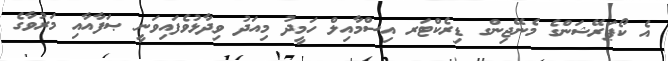
އެ ކޯޕަރޭޝަންގެ މެނޭޖިންގ ޑިރެކްޓަރ އިސްމާއިލް ހަމީދު މިއަދު ވިދާޅުވެފައިވަނީ ޞަފާއާއި މަރުވާގެ